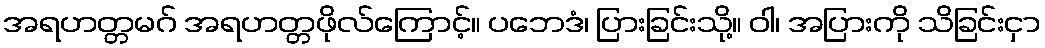
အရဟတ္တမဂ် အရဟတ္တဖိုလ်ကြောင့်။ ပဘေဒံ၊ ပြားခြင်းသို့။ ဝါ၊ အပြားကို သိခြင်းငှာ